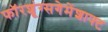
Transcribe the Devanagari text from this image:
फॉरशूंग्सगेमेंशाफ्ट